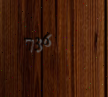
736